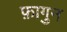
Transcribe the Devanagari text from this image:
फ़ागुन